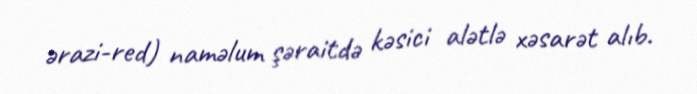
ərazi-red) naməlum şəraitdə kəsici alətlə xəsarət alıb.